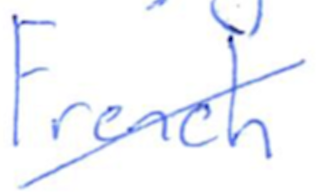
Text: French
Cross-out: diagonal
Writing tool: ballpoint